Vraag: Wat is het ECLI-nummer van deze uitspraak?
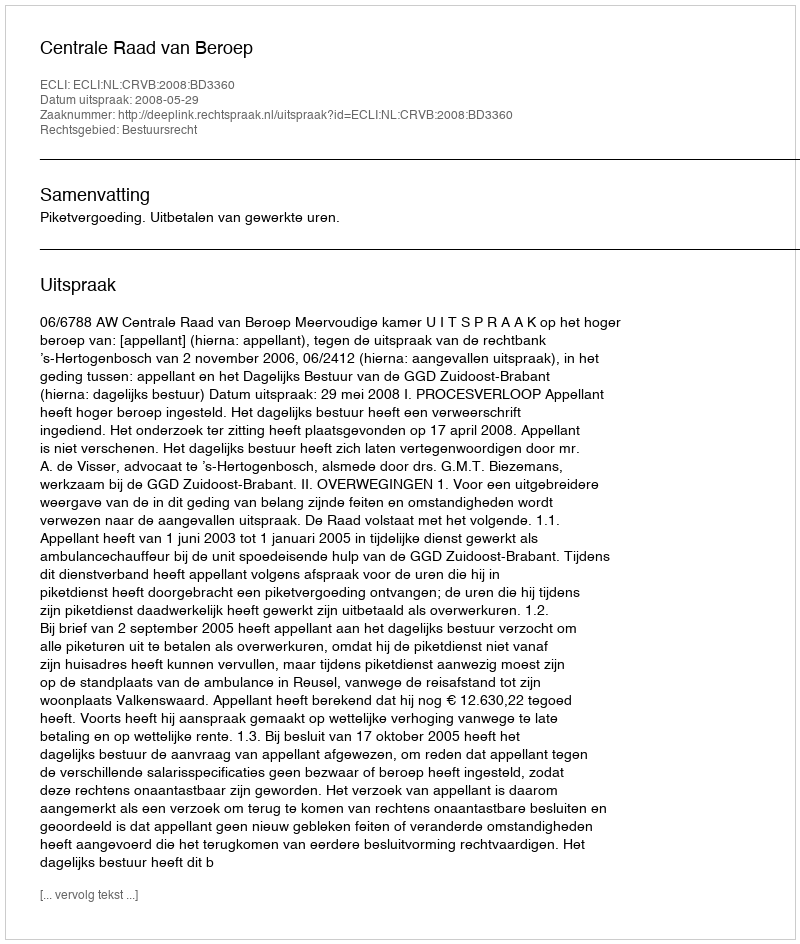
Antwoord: ECLI:NL:CRVB:2008:BD3360